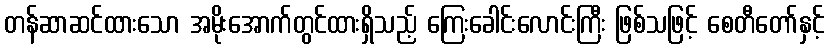
တန်ဆာဆင်ထားသော အမိုးအောက်တွင်ထားရှိသည့် ကြေးခေါင်းလောင်းကြီး ဖြစ်သဖြင့် စေတီတော်နှင့်